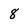
Character: 8